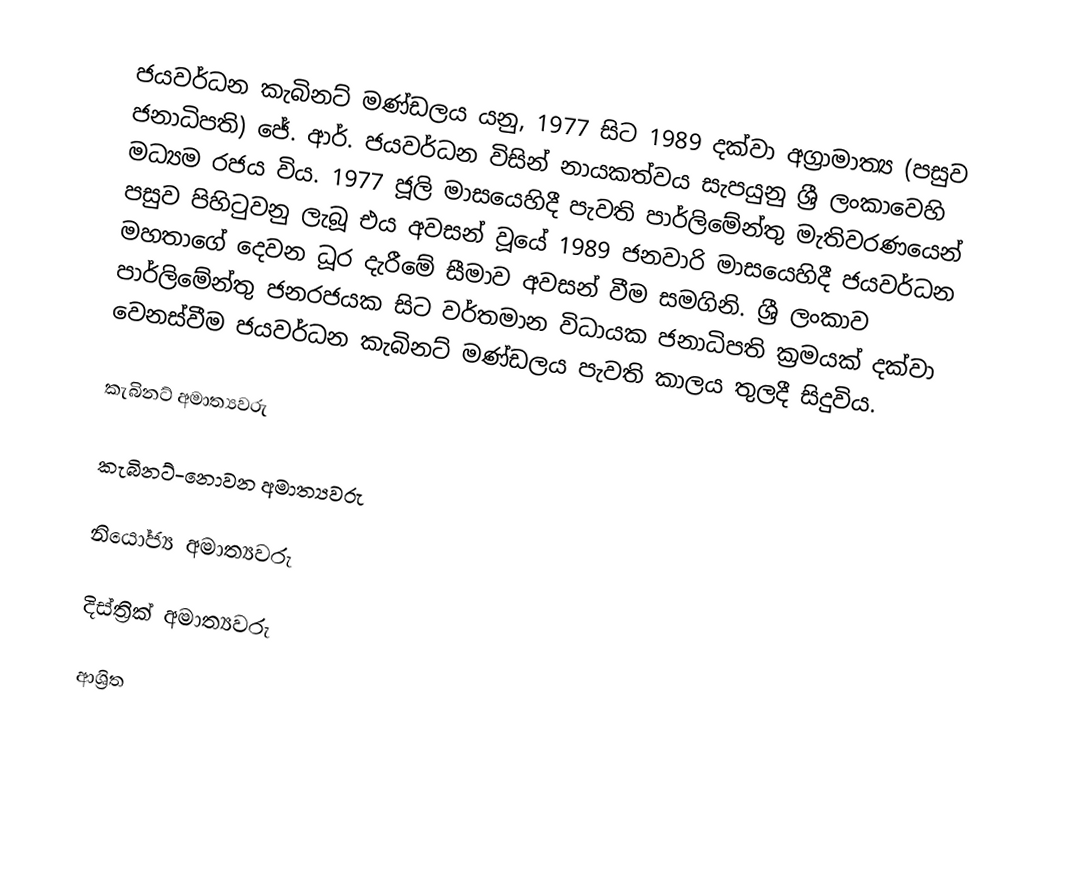
ජයවර්ධන කැබිනට් මණ්ඩලය යනු,   1977 සිට 1989 දක්වා අග්‍රාමාත්‍ය (පසුව ජනාධිපති) ජේ. ආර්. ජයවර්ධන විසින් නායකත්වය සැපයුනු ශ්‍රී ලංකාවෙහි මධ්‍යම රජය විය. 1977 ජූලි මාසයෙහිදී පැවති පාර්ලිමේන්තු මැතිවරණයෙන් පසුව පිහිටුවනු ලැබූ එය අවසන් වූයේ  1989 ජනවාරි මාසයෙහිදී ජයවර්ධන මහතාගේ දෙවන ධූර දැරීමේ සීමාව අවසන් වීම සමගිනි. ශ්‍රී ලංකාව  පාර්ලිමේන්තු ජනරජයක සිට වර්තමාන විධායක ජනාධිපති ක්‍රමයක් දක්වා  වෙනස්වීම ජයවර්ධන කැබිනට් මණ්ඩලය පැවති කාලය තුලදී සිදුවිය.

කැබිනට් අමාත්‍යවරු

කැබිනට්-නොවන අමාත්‍යවරු

නියෝජ්‍ය අමාත්‍යවරු

දිස්ත්‍රික් අමාත්‍යවරු

ආශ්‍රිත